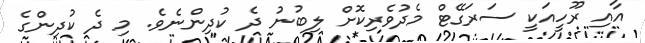
އާއި ރޫހީއަކީ ސަރަގޭޓް މެދުވެރިކޮށް ލިބުނު ދެ ކުދިންނެވެ. މި ދެ ކުދިންގެ